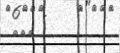
١٤٥